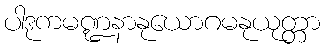
ပါဒုကမဏ္ဍနာနုယောဂမနုယုတ္တာ